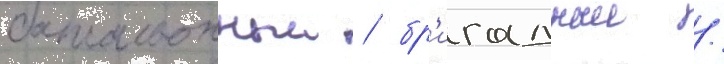
батальонныи / бр'игадныи /